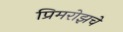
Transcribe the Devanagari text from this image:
प्रिमरोझचे